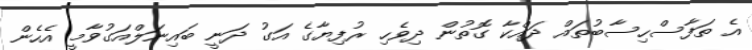
އެ ތަފާސްހިސާބުތައް ދައްކާ ގޮތުން ދިވެހި ރުފިޔާގެ އަގު ދަނީ ބައިނަލްއަގުވާމީ އެހެން